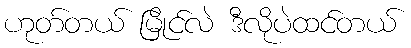
ဟုတ်တယ် မြိုင်လဲ ဒီလိုပဲထင်တယ်